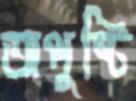
অপুষ্টি